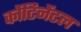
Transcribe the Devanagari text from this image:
कोंटिनेंटल